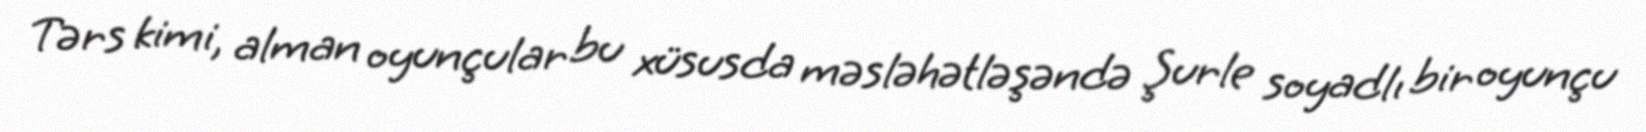
Tərs kimi, alman oyunçular bu xüsusda məsləhətləşəndə Şurle soyadlı bir oyunçu